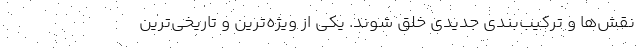
نقش‌ها و ترکیب‌بندی جدیدی خلق شوند. یکی از ویژه‌ترین و تاریخی‌ترین